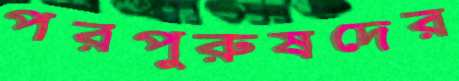
পরপুরুষদের